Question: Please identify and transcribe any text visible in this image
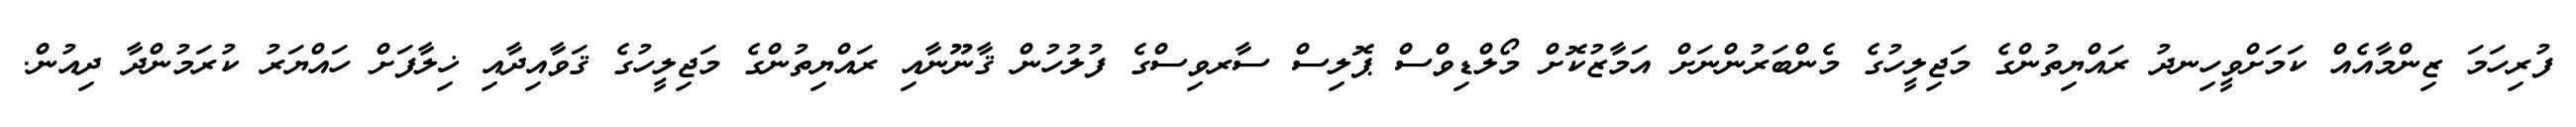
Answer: ފުރިހަމަ ޒިންމާއެއް ކަމަށްވީހިނދު ރައްޔިތުންގެ މަޖިލީހުގެ މެންބަރުންނަށް އަމާޒުކޮށް މޯލްޑިވްސް ޕޮލިސް ސާރވިސްގެ ފުލުހުން ޤާނޫނާއި ރައްޔިތުންގެ މަޖިލީހުގެ ޤަވާއިދާއި ޚިލާފަށް ހައްޔަރު ކުރަމުންދާ ދިއުން.